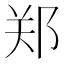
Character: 郑